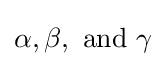
{\textstyle \alpha ,\beta ,{\text{ and }}\gamma }